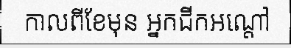
កាលពីខែមុន អ្នកជីកអណ្តៅ